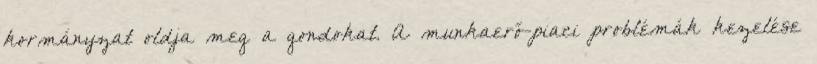
kormányzat oldja meg a gondokat. A munkaerő-piaci problémák kezelése